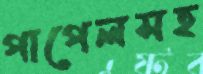
পাপেলসহ